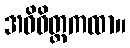
အဝိဝိတ္တကထာ။